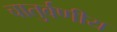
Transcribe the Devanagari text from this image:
चातुर्वणीय